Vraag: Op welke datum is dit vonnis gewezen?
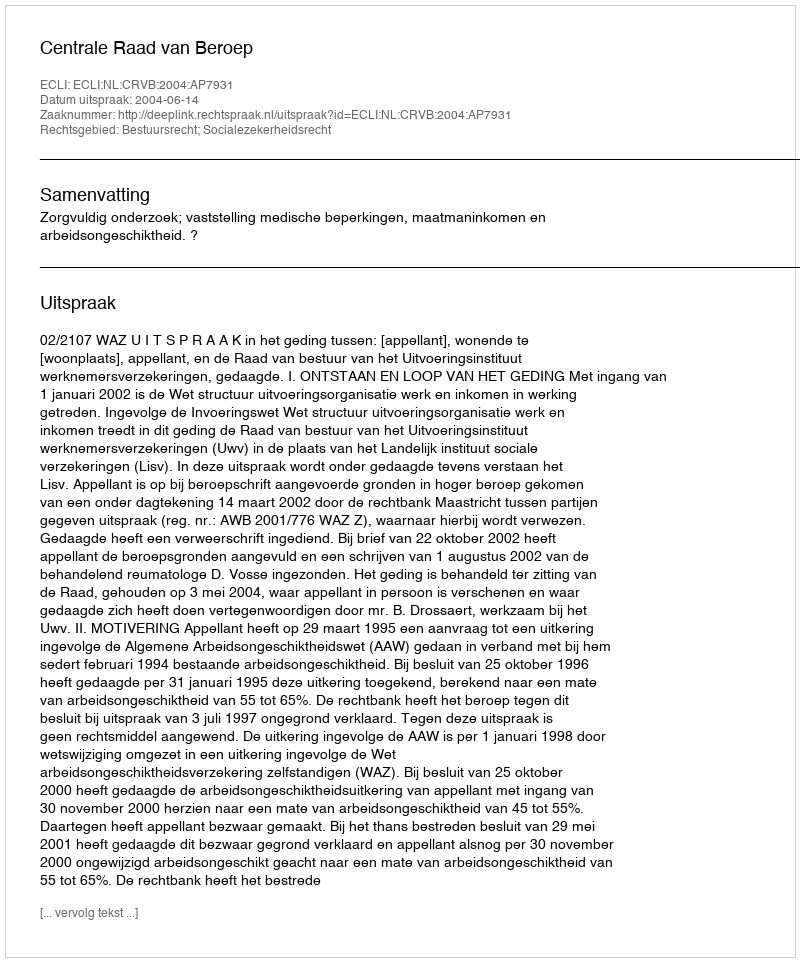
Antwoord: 2004-06-14